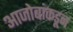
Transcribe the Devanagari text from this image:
आजोबांकडून